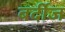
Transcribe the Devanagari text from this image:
बर्दीज